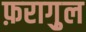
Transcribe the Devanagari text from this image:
फ़रागु़ल